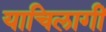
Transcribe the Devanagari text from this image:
याचिलागीं